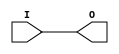
// $Header: /devl/xcs/repo/env/Databases/CAEInterfaces/verunilibs/data/unisims/IBUF_SSTL18_II_DCI.v,v 1.6 2007/05/23 21:43:35 patrickp Exp $
///////////////////////////////////////////////////////////////////////////////
// Copyright (c) 1995/2004 Xilinx, Inc.
// All Right Reserved.
///////////////////////////////////////////////////////////////////////////////
//   ____  ____
//  /   /\/   /
// /___/  \  /    Vendor : Xilinx
// \   \   \/     Version : 10.1
//  \   \         Description : Xilinx Functional Simulation Library Component
//  /   /                  Input Buffer with SSTL18_II_DCI I/O Standard
// /___/   /\     Filename : IBUF_SSTL18_II_DCI.v
// \   \  /  \    Timestamp : Thu Mar 25 16:42:36 PST 2004
//  \___\/\___\
//
// Revision:
//    03/23/04 - Initial version.
//    05/23/07 - Changed timescale to 1 ps / 1 ps.

`timescale  1 ps / 1 ps


module IBUF_SSTL18_II_DCI (O, I);

    output O;

    input  I;

	buf B1 (O, I);


endmodule